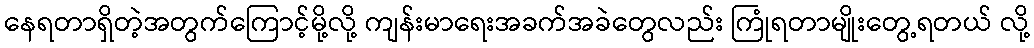
နေရတာရှိတဲ့အတွက်ကြောင့်မို့လို့ ကျန်းမာရေးအခက်အခဲတွေလည်း ကြုံရတာမျိုးတွေ့ရတယ် လို့